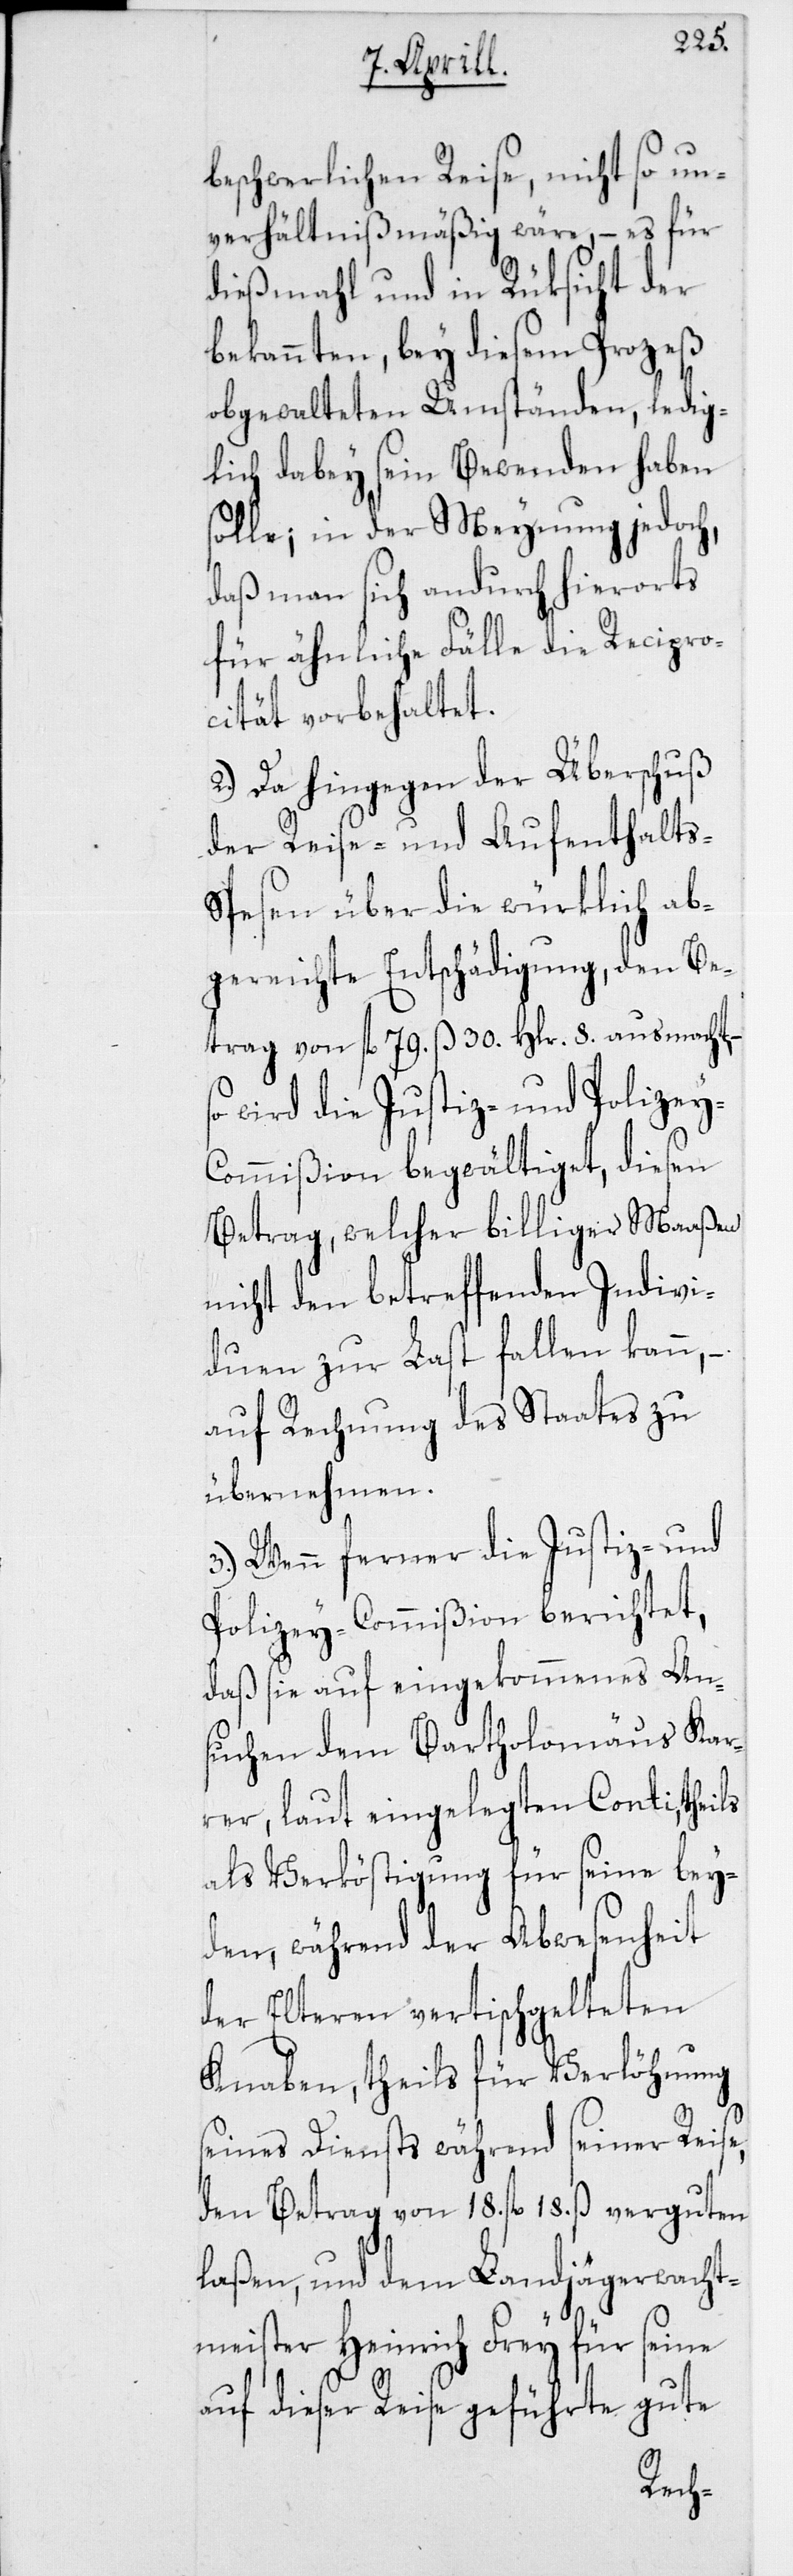
beschwerlichen Reise, nicht so un¬
verhältnismäßig wäre, – es für
diesmahl und in Rüksicht der
bekannten, bey diesem Prozeß
obgewalteten Umständen, ledig¬
lich dabey sein Bewenden haben
solle; in der Meynung jedoch,
daß man sich andurch hierorts
für ähnliche Fälle die Recipro¬
cität vorbehaltet.
2. Da hingegen der Überschuß
der Reise- und Aufenthalts-S¬
pesen über die würklich ab¬
gereichte Entschädigung, den Be¬
trag von fl. 79. ß 30. Hlr. 8. ausmacht,
wird die Justiz- und Polizey-C¬
ommißion begwältiget, diesen
Betrag, welcher billiger Maaßen
nicht den betreffenden Indivi¬
duen zur Last fallen kann, –
auf Rechnung des Staates zu
übernehmen.
3. Wenn ferner die Justiz- und
Polizey-Commißion berichtet,
daß sie auf eingekommenes An¬
suchen dem Bartholomäus Kar¬
rer, laut eingelegten Conti, theils
als Verköstigung für seine bey¬
den, während der Abwesenheit
der Elteren vertischgelteten
Knaben, theils für Verlöhnung
seines Diensts während seiner Reise,
den Betrag von 18. fl. 18. ß verguten
laßen, und dem Landjägerwacht¬
meister Heinrich Frey für seine
auf dieser Reise geführte gute